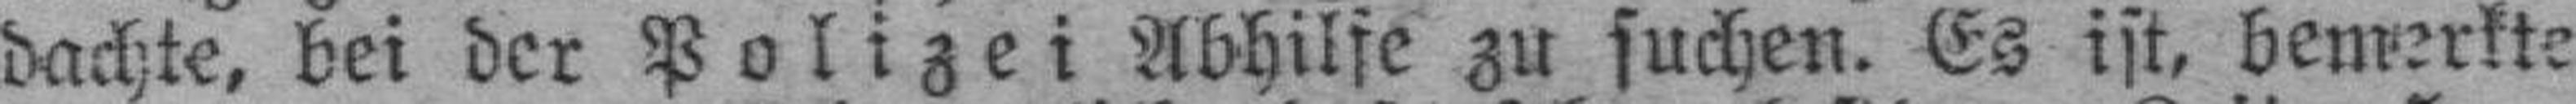
dachte, bei der Polizei Abhilfe zu suchen. Es ist, bemerkte